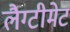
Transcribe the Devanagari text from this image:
लैग्टीमेट